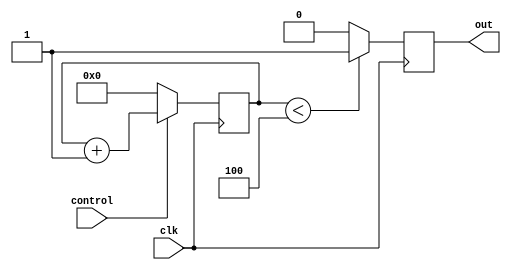
module VariablePulseWidthGenerator (
    input wire clk,
    input wire control,
    output reg out
);

reg [7:0] counter;

always @(posedge clk) begin
    if (control) begin
        counter <= counter + 1;
    end else begin
        counter <= 8'd0;
    end
end

always @(posedge clk) begin
    if (counter < 8'd4) begin
        out <= 1'b1;
    end else begin
        out <= 1'b0;
    end
end

endmodule